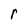
Character: r